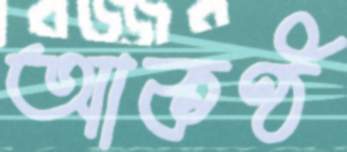
আকণ্ঠ